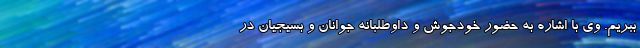
ببریم. وی با اشاره به حضور خودجوش و داوطلبانه جوانان و بسیجیان در